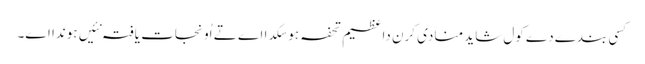
کسی بندے دے کول شاید منادی کرن دا عظیم تحفہ ہو سکدا اے تے اُو نجات یافتہ نئیں ہوندا اے۔